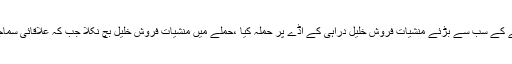
بدھ کے روز تمپ کے علاقے نذر آباد میں سرمچاروں نے علاقے کے سب سے بڑئے منشیات فروش خلیل دراہی کے اڈے پر حملہ کیا ،حملے میں منشیات فروش خلیل بچ نکلا جب کہ علاقائی سماجی برائیوں میں ملوث منظور ولد غلام قادر سکنہ پل آباد ہلاک ہوا۔